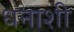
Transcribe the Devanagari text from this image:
धनाशी